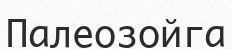
Палеозойга